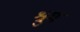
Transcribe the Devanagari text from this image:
श्रुम